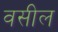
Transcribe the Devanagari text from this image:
वसील